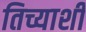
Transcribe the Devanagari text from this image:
तिच्याशीं